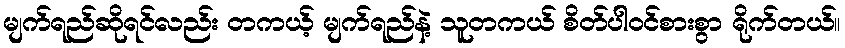
မျက်ရည်ဆိုရင်လည်း တကယ့် မျက်ရည်နဲ့ သူတကယ် စိတ်ပါဝင်စားစွာ ရိုက်တယ်။